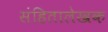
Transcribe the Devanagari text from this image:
संहितालेखक